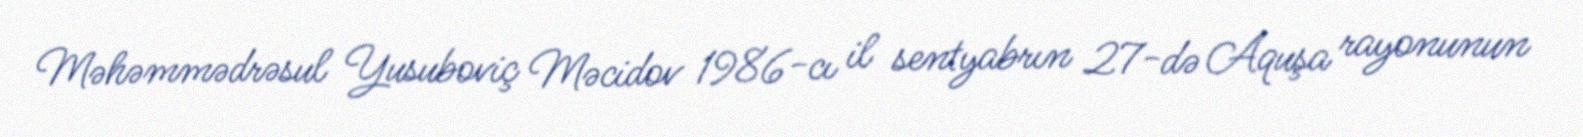
Məhəmmədrəsul Yusuboviç Məcidov 1986-cı il sentyabrın 27-də Aquşa rayonunun